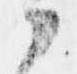
候